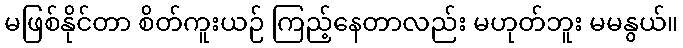
မဖြစ်နိုင်တာ စိတ်ကူးယဉ် ကြည့်နေတာလည်း မဟုတ်ဘူး မမနွယ်။